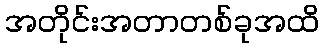
အတိုင်းအတာတစ်ခုအထိ